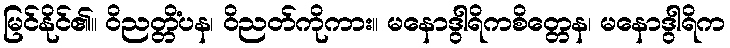
မြင်နိုင်၏။ ဝိညတ္တိံပန၊ ဝိညတ်ကိုကား။ မနောဒွါရိကစိတ္တေန၊ မနောဒွါရိက